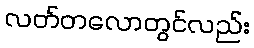
လတ်တလောတွင်လည်း